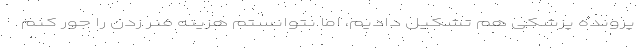
پرونده پزشکی هم تشکیل دادیم، اما نتوانستم هزینه فنر زدن را جور کنم